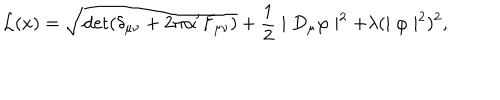
{ \cal L } ( x ) = \sqrt { \mathrm { d e t } ( \delta _ { \mu \nu } + 2 \pi \alpha ^ { \prime } F _ { \mu \nu } ) } + \frac { 1 } { 2 } \mid D _ { \mu } \varphi \mid ^ { 2 } + \lambda ( \mid \varphi \mid ^ { 2 } ) ^ { 2 } ,